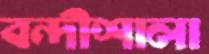
বন্দীশালা